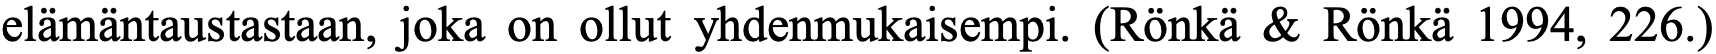
elämäntaustastaan, joka on ollut yhdenmukaisempi. (Rönkä & Rönkä 1994, 226.)